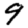
Digit: 9